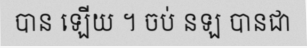
បាន ឡើយ ។ ចប់ នឡ បានជា